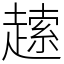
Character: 䞽